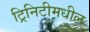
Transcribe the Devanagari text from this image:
ट्रिनिटीमधील